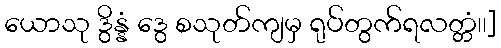
ယောသု ဒွိန္နံ ဒွေ စသုတ်ကျမှ ရုပ်တွက်ရလတ္တံ၊၊]